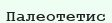
Палеотетис